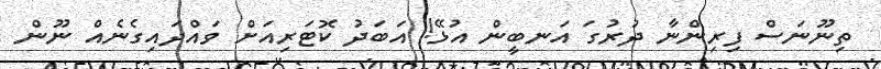
ތިނޫނަސް ފިރިންނާ ދުރުގަ އަނބީން އުޅޭ! އަބަދު ކޮޓަރިއަށް ވައްދައިގެނެއް ނޫން